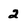
Character: 2